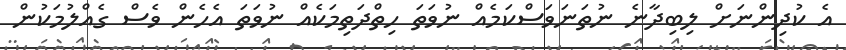
އެ ކުދިންނަށް ލިބިދާނެ ނުތަނަވަސްކަމެއް ނުވަތަ ހިތްދަތިމަކެއް ނުވަތަ އެހެން ވެސް ގެއްލުމަކުން